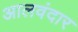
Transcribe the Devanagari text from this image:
आलवंदार